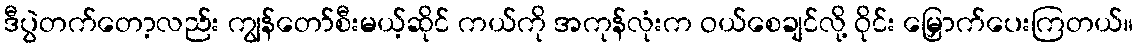
ဒီပွဲတက်တော့လည်း ကျွန်တော်စီးမယ့်ဆိုင် ကယ်ကို အကုန်လုံးက ဝယ်စေချင်လို့ ဝိုင်း မြှောက်ပေးကြတယ်။